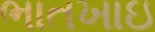
ભાતખાઇ